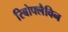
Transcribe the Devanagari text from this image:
रिबोफ्लैविन